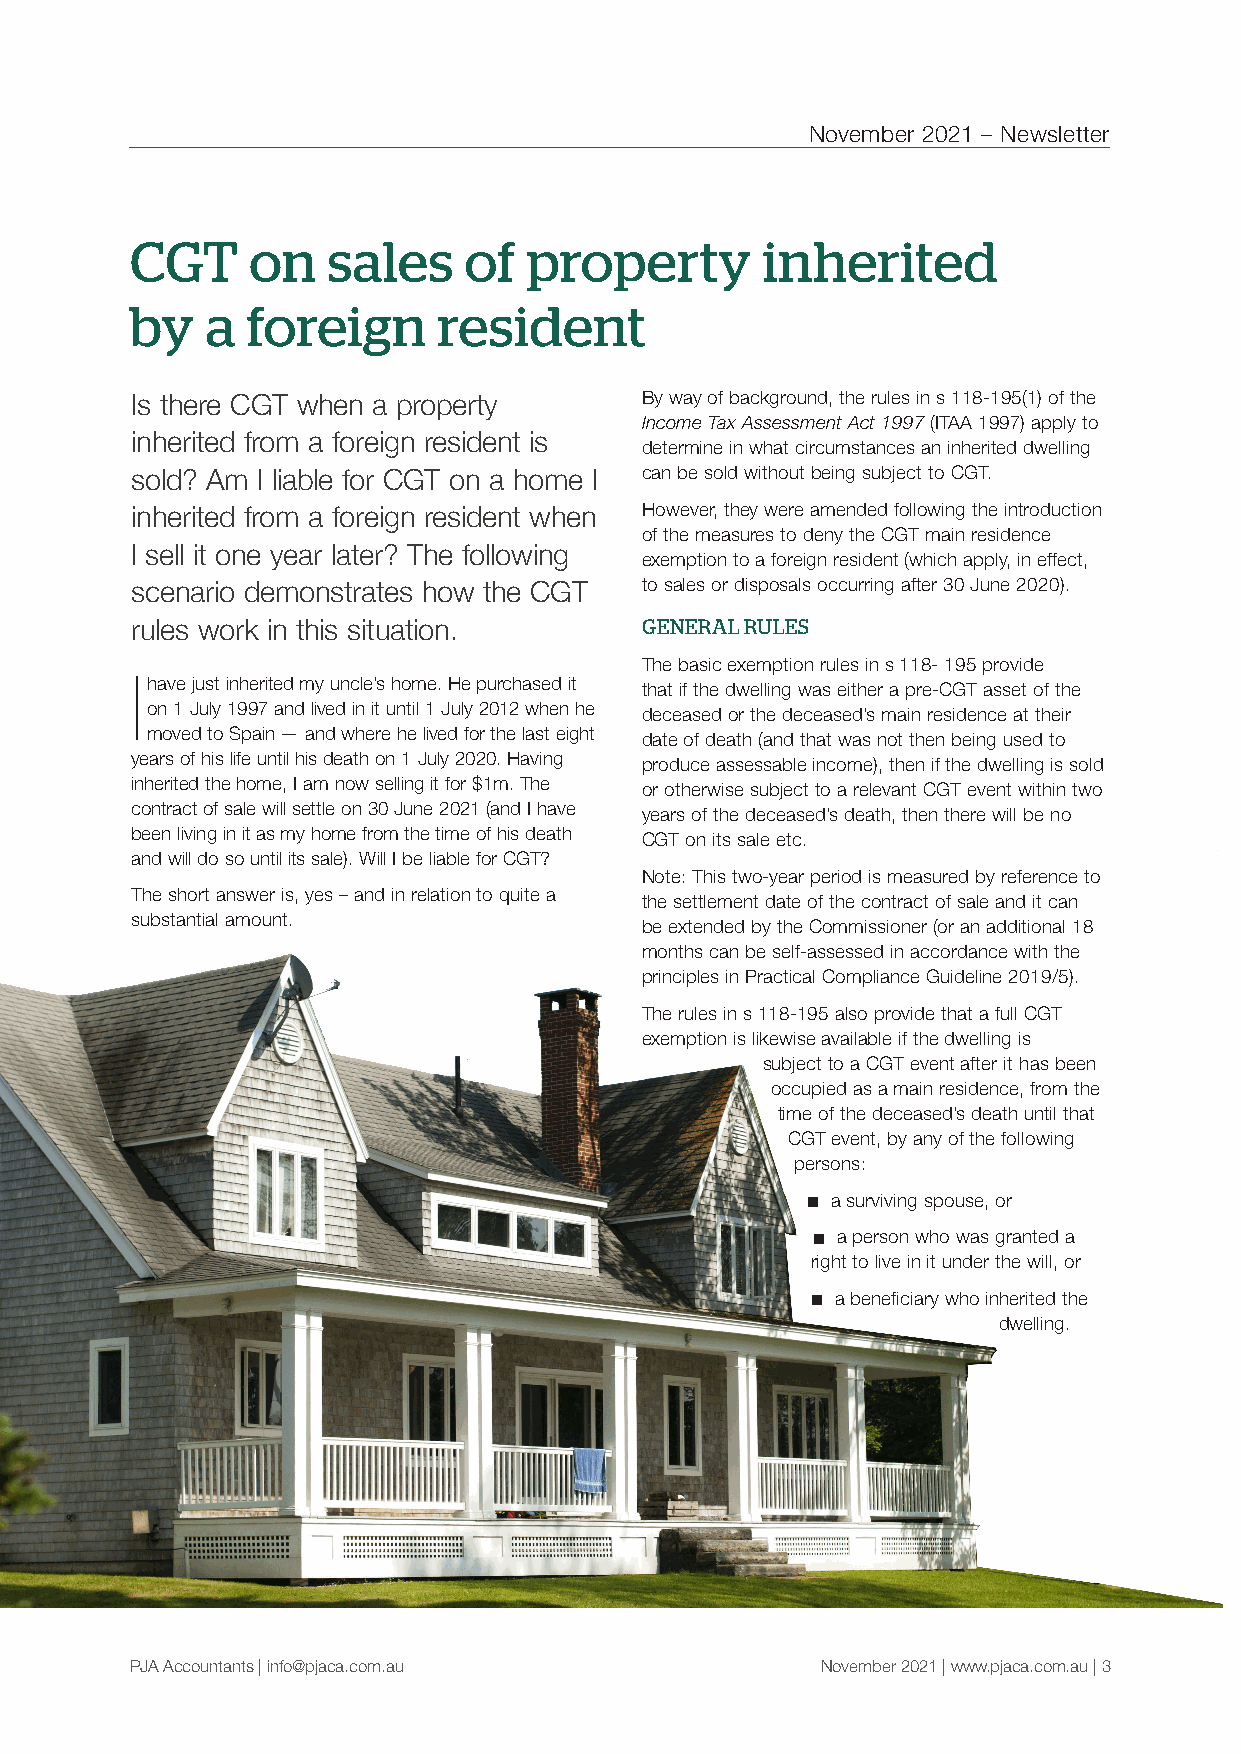
November 2021 – Newsletter
 CGT    on    sales    of  property       inherited
 by   a foreign      resident
 Is there CGT when a property     By way of background, the rules in s 118-195(1) of the
 Income Tax Assessment Act 1997 (ITAA 1997) apply to
 inherited from a foreign resident is
 determine in what circumstances an inherited dwelling
 sold? Am I liable for CGT on a home I can be sold without being subject to CGT.
 inherited from a foreign resident when However, they were amended following the introduction
 of the measures to deny the CGT main residence
 I sell it one year later? The following
 exemption to a foreign resident (which apply, in effect,
 scenario demonstrates how the CGT to sales or disposals occurring after 30 June 2020).
 rules work in this situation.    GENERAL RULES
 The basic exemption rules in s 118- 195 provide
 I have just inherited my uncle’s home. He purchased it that if the dwelling was either a pre-CGT asset of the
 on 1 July 1997 and lived in it until 1 July 2012 when he
 deceased or the deceased’s main residence at their
 moved to Spain — and where he lived for the last eight
 date of death (and that was not then being used to
 years of his life until his death on 1 July 2020. Having
 produce assessable income), then if the dwelling is sold
 inherited the home, I am now selling it for $1m. The
 or otherwise subject to a relevant CGT event within two
 contract of sale will settle on 30 June 2021 (and I have
 years of the deceased’s death, then there will be no
 been living in it as my home from the time of his death
 CGT on its sale etc.
 and will do so until its sale). Will I be liable for CGT?
 Note: This two-year period is measured by reference to
 The short answer is, yes – and in relation to quite a
 the settlement date of the contract of sale and it can
 substantial amount.
 be extended by the Commissioner (or an additional 18
 months can be self-assessed in accordance with the
 principles in Practical Compliance Guideline 2019/5).
 The rules in s 118-195 also provide that a full CGT
 exemption is likewise available if the dwelling is
 subject to a CGT event after it has been
 occupied as a main residence, from the
 time of the deceased’s death until that
 CGT event, by any of the following
 persons:
 n a surviving spouse, or
 n a person who was granted a
 right to live in it under the will, or
 n a beneficiary who inherited the
 dwelling.
 PJA Accountants | info@pjaca.com.au          November 2021 | www.pjaca.com.au | 3